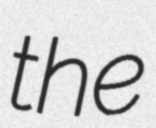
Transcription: the